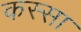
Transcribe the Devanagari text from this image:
कस्सा